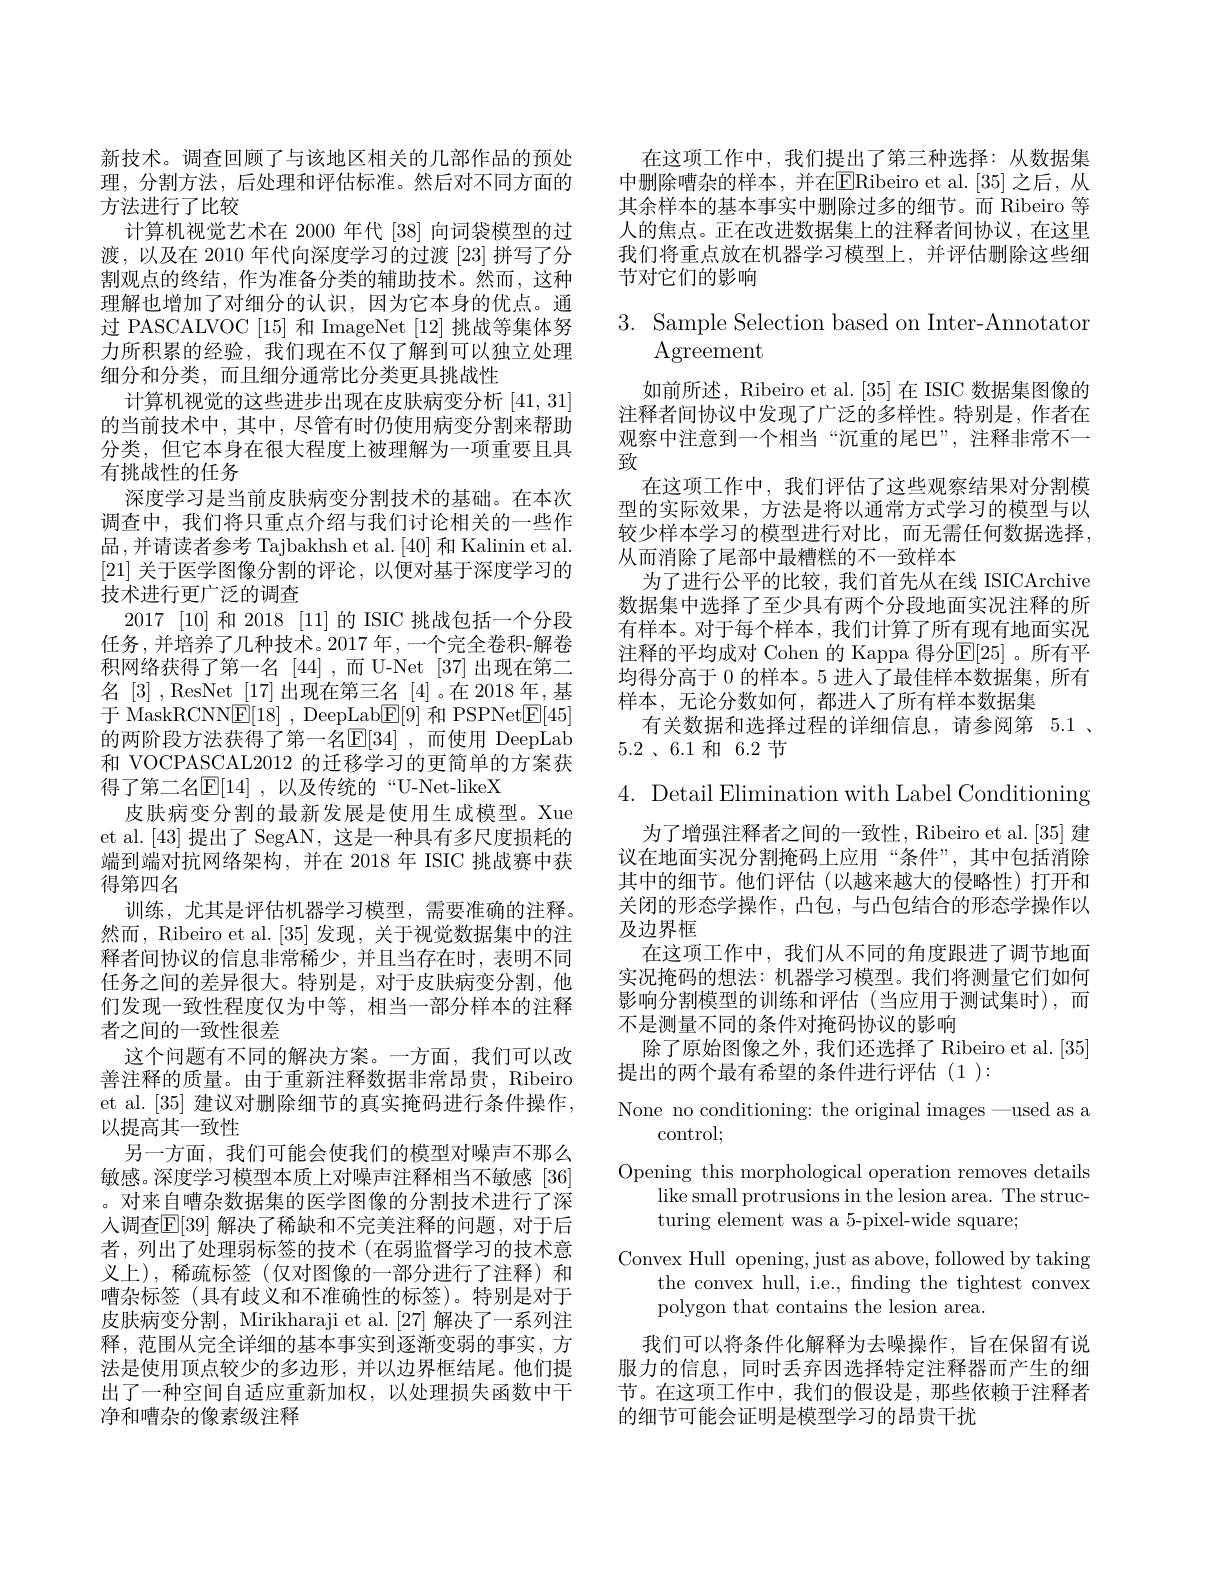
新技术。调查回顾了与该地区相关的几部作品的预处理，分割方法，后处理和评估标准。然后对不同方面的方法进行了比较
计算机视觉艺术在 2000 年代 [38] 向词袋模型的过渡，以及在 2010 年代向深度学习的过渡 [23] 拼写了分割观点的终结，作为准备分类的辅助技术。然而，这种理解也增加了对细分的认识，因为它本身的优点。通过 PASCALVOC [15] 和 ImageNet [12] 挑战等集体努力所积累的经验，我们现在不仅了解到可以独立处理细分和分类，而且细分通常比分类更具挑战性
计算机视觉的这些进步出现在皮肤病变分析[41,31] 的当前技术中，其中，尽管有时仍使用病变分割来帮助分类，但它本身在很大程度上被理解为一项重要且具有挑战性的任务
深度学习是当前皮肤病变分割技术的基础。在本次调查中，我们将只重点介绍与我们讨论相关的一些作品 ,并请读者参考 Tajbakhsh et al. [40] 和 Kalinin et al. [21]关于医学图像分割的评论，以便对基于深度学习的技术进行更广泛的调查
2017 [10]和 2018 [11] 的 ISIC 挑战包括一个分段任务，并培养了几种技术。2017 年，一个完全卷积-解卷积网络获得了第一名 [44],而 U-Net [37]出现在第二名[3],ResNet[17]出现在第三名[4]。在 2018 年，基$\operatorname { \text{于 MaskRCNNE[ 18] }}$ $, \operatorname { \mathrm{DeepLab}} \underline {\mathrm{E[ 9] }}$和 PSPNet$\underline{\mathrm{E[45]}}$ 的两阶段方法获得了第一名$\mathbb{E}[34]$,而使用 DeepLab 和 VOCPASCAL2012 的迁移学习的更简单的方案获得了第二名$\mathbb{E}[14]$,以及传统的“U-Net-likeX
皮肤病变分割的最新发展是使用生成模型。Xue et al.[43] 提出了 SegAN, 这是一种具有多尺度损耗的端到端对抗网络架构，并在 2018 年 ISIC 挑战赛中获得第四名
训练，尤其是评估机器学习模型，需要准确的注释。然而，Ribeiro et al. [35] 发现，关于视觉数据集中的注释者间协议的信息非常稀少，并且当存在时，表明不同任务之间的差异很大。特别是，对于皮肤病变分割，他们发现一致性程度仅为中等，相当一部分样本的注释者之间的一致性很差
这个问题有不同的解决方案。一方面，我们可以改善注释的质量。由于重新注释数据非常昂贵，Ribeiro et al. [35]建议对删除细节的真实掩码进行条件操作， 以提高其一致性
另一方面，我们可能会使我们的模型对噪声不那么敏感。深度学习模型本质上对噪声注释相当不敏感[36] 。对来自嘈杂数据集的医学图像的分割技术进行了深人调查$\mathbb{E}[39]$ 解决了稀缺和不完美注释的问题，对于后者，列出了处理弱标签的技术 (在弱监督学习的技术意义上),稀疏标签(仅对图像的一部分进行了注释)和嘈杂标签(具有歧义和不准确性的标签)。特别是对于皮肤病变分割，Mirikharaji et al. [27] 解决了一系列注释，范围从完全详细的基本事实到逐渐变弱的事实，方法是使用顶点较少的多边形，并以边界框结尾。他们提出了一种空间自适应重新加权，以处理损失函数中干净和嘈杂的像素级注释

在这项工作中，我们提出了第三种选择：从数据集中删除嘈杂的样本，并在$\overline{\mathrm{ERibeiro~et~al.[35]}}$之后，从其余样本的基本事实中删除过多的细节。而 Ribeiro 等人的焦点。正在改进数据集上的注释者间协议，在这里我们将重点放在机器学习模型上，并评估删除这些细节对它们的影响

# 3. Sample Selection based on Inter-Annotator Agreement

如前所述，Ribeiro et al. [35]在 ISIC 数据集图像的注释者间协议中发现了广泛的多样性。特别是，作者在观察中注意到一个相当“沉重的尾巴”,注释非常不一致
在这项工作中，我们评估了这些观察结果对分割模型的实际效果，方法是将以通常方式学习的模型与以较少样本学习的模型进行对比，而无需任何数据选择， 从而消除了尾部中最糟糕的不一致样本
为了进行公平的比较，我们首先从在线 ISICArchive 数据集中选择了至少具有两个分段地面实况注释的所有样本。对于每个样本，我们计算了所有现有地面实况注释的平均成对 Cohen 的 Kappa 得分$\mathbb{E}[25]$ 。所有平均得分高于 0 的样本。5 进入了最佳样本数据集，所有样本，无论分数如何，都进入了所有样本数据集
有关数据和选择过程的详细信息，请参阅第 5.1 、
5.2 $、 6. 1$ 和6.2节

4. Detail Elimination with Label Conditioning
为了增强注释者之间的一致性，Ribeiro et al. [35] 建议在地面实况分割掩码上应用“条件”,其中包括消除其中的细节。他们评估(以越来越大的侵略性)打开和关闭的形态学操作，凸包，与凸包结合的形态学操作以及边界框
在这项工作中，我们从不同的角度跟进了调节地面实况掩码的想法：机器学习模型。我们将测量它们如何影响分割模型的训练和评估(当应用于测试集时),而不是测量不同的条件对掩码协议的影响
除了原始图像之外，我们还选择了 Ribeiro et al.[35]
提出的两个最有希望的条件进行评估(1):
None no conditioning: the original images—used as a
control;
Opening this morphological operation removes details
like small protrusions in the lesion area. The struc-
turing element was a 5-pixel-wide square;
Convex Hull opening, just as above, followed by taking
the convex hull, i.e., fnding the tightest convex
polygon that contains the lesion area.
我们可以将条件化解释为去噪操作，旨在保留有说

服力的信息，同时丢弃因选择特定注释器而产生的细节。在这项工作中，我们的假设是，那些依赖于注释者的细节可能会证明是模型学习的昂贵干扰